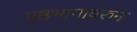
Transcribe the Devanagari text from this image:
पृष्ठभागावरुन